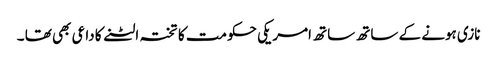
نازی ہونے کے ساتھ ساتھ امریکی حکومت کا تختہ الٹنے کا داعی بھی تھا ۔